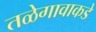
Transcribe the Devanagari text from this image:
तळेगावाकडे